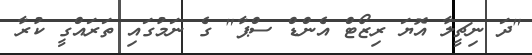
"ދަ ނިޗީލާ އޮޔަ ރިޒޯޓް އެންޑް ސްޕާ" ގެ ނަމުގައި ތަރައްގީ ކުރާ